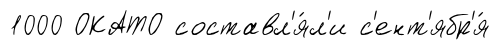
1000 ОКАТО составл'я́л'и с'ент'ябр'я́